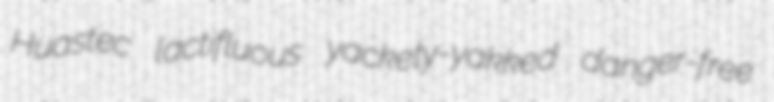
Huastec lactifluous yackety-yakked danger-free